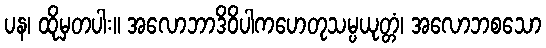
ပန၊ ထိုမှတပါး။ အလောဘာဒိဝိပါကဟေတုသမ္ပယုတ္တံ၊ အလောဘစသော